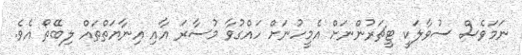
ނަމަވެސް ސުވާލަކީ ޓީޗަރުންނަށް އެމީހުނަށް ހައްގުވާ މުސާރަ އާއި އިނާޔަތްތައް ލިބޭތޯ އެވެ.